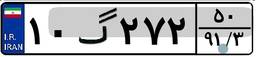
۱۰گ۲۷۲۵۰